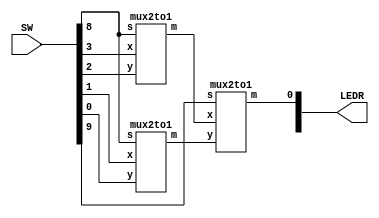
//SW[2:0] data inputs
//SW[9] select signal

//LEDR[0] output display
module lab2(LEDR, SW);
	input [9:0] SW;
	output [9:0] LEDR;
	
	wire outputUV;
	wire outputWX;
	
	mux2to1 m0(
		.x(SW[3]),
		.y(SW[2]),
		.s(SW[8]),
		.m(outputUV)
		);
		
	mux2to1 m1(
		.x(SW[1]),
		.y(SW[0]),
		.s(SW[8]),
		.m(outputWX)
		);
	
	mux2to1 m2(
		.x(outputUV),
		.y(outputWX),
		.s(SW[9]),
		.m(LEDR[0])
		);
	
endmodule

module mux2to1(x, y, s, m);
    input x; //selected when s is 0
    input y; //selected when s is 1
    input s; //select signal
    output m; //output
  
    assign m = s & y | ~s & x;
    // OR
    // assign m = s ? y : x;

endmodule